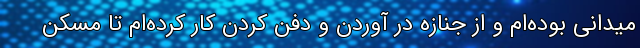
میدانی بوده‌ام و از جنازه در آوردن و دفن کردن کار کرده‌ام تا مسکن